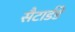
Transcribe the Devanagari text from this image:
सैटार्डडे